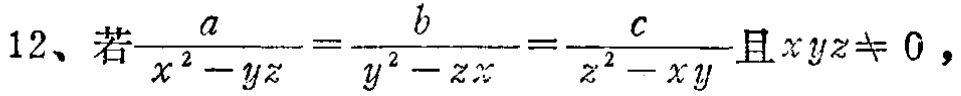
若$\frac{a}{x^{2}-yz}=\frac{b}{y^{2}-zx}=\frac{c}{z^{2}-xy}$且$xyz\neq 0$，